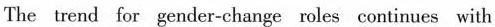
The trend for gender-change roles continues with